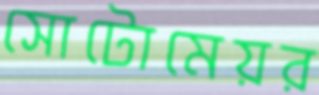
সোটোমেয়র